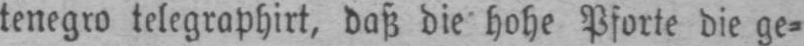
tenegro telegraphirt, daß die hohe Pforte die ge⸗